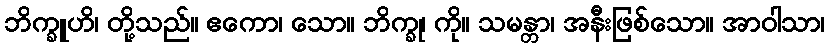
ဘိက္ခူဟိ၊ တို့သည်။ ဧကော၊ သော။ ဘိက္ခု၊ ကို။ သမန္တာ၊ အနီးဖြစ်သော။ အာဝါသာ၊